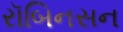
રૉબિનસન